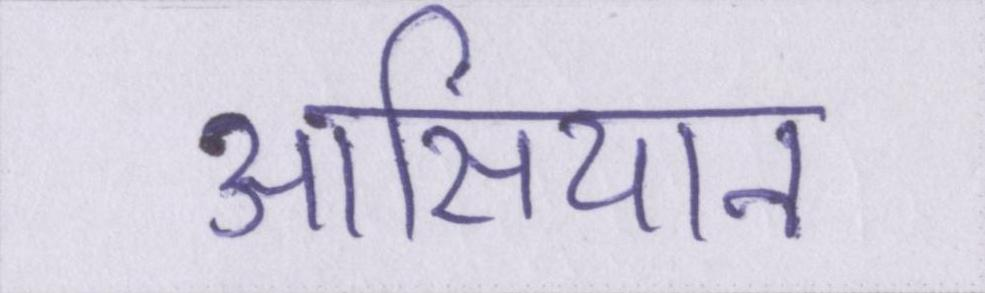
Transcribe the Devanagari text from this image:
आसियान